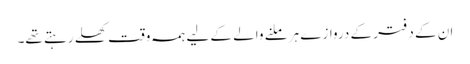
ان کے دفتر کے دروازے ہر ملنے والے کے لیے ہمہ وقت کھلے رہتے تھے۔